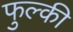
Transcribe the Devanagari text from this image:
फुल्‍की